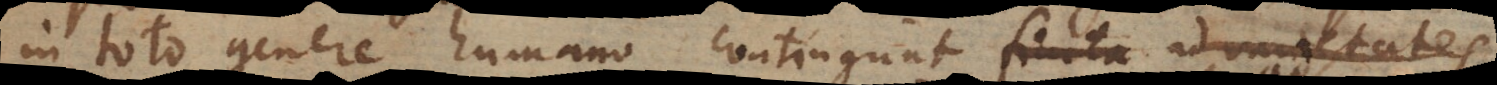
in toto genere humano contingunt finita ad varietates